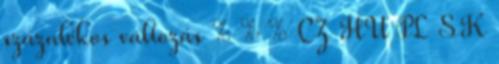
százalékos változás % % % CZ HU PL SK